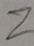
2